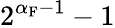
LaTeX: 2^{\alpha_{\mathrm{F}}-1}-1